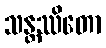
သန္တဿိတော